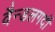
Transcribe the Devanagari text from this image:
वैन्डलगर्दी